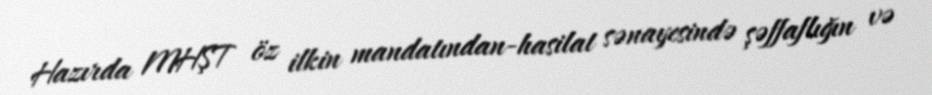
Hazırda MHŞT öz ilkin mandatından-hasilat sənayesində şəffaflığın və